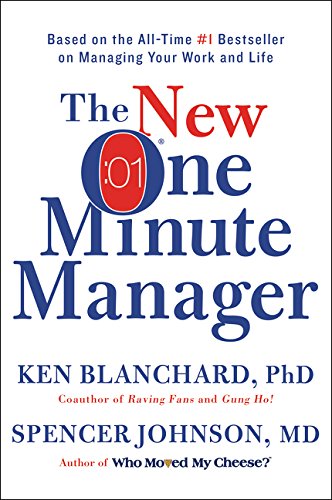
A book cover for The New One Minute Manager; Ken Blanchard; Business & Money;